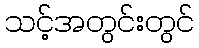
သင့်အတွင်းတွင်